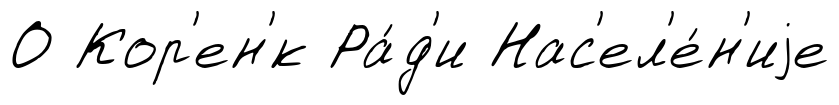
О Кор'ен'́к Ра́д'и Нас'ел'е́н'иjе